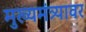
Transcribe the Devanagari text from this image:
मुख्यमंत्र्यावर